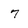
Character: 7